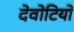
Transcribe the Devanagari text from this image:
देवोटियो